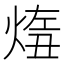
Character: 𤋨